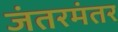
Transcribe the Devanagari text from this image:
जंतरमंतर